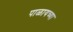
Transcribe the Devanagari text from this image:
पाळायच्या